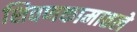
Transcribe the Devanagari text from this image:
शिवणकामातले